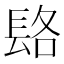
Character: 𨱴